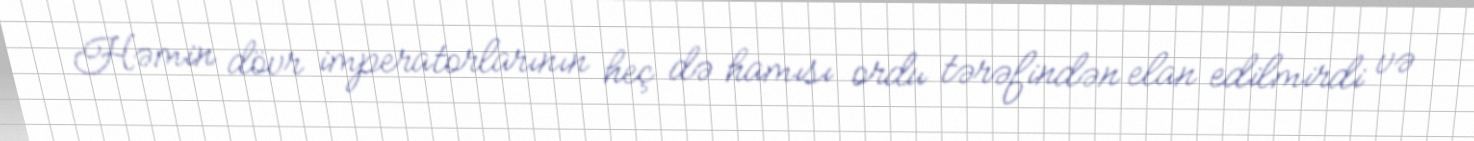
Həmin dövr imperatorlarının heç də hamısı ordu tərəfindən elan edilmirdi və